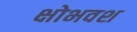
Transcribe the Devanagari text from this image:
क्षोभवश